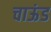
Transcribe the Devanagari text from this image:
चाऊंड